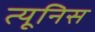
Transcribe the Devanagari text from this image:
त्यूनिस